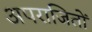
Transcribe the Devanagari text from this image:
अपराजितों